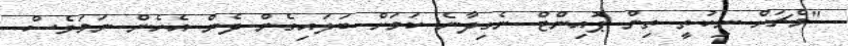
"މެޗަށް ނިކުތީ ތިން ޕޮއިންޓް ނެގިދާނެ ކަމަށް ބަލައިގެން ދެން އެހެން ނަމަވެސް